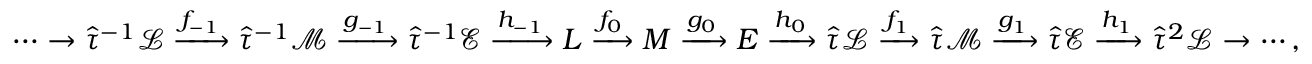
\cdots \to \hat { \tau } ^ { - 1 } \mathcal { L } \xrightarrow { f _ { - 1 } } \hat { \tau } ^ { - 1 } \mathcal { M } \xrightarrow { g _ { - 1 } } \hat { \tau } ^ { - 1 } \mathcal { E } \xrightarrow { h _ { - 1 } } L \xrightarrow { f _ { 0 } } M \xrightarrow { g _ { 0 } } E \xrightarrow { h _ { 0 } } \hat { \tau } \mathcal { L } \xrightarrow { f _ { 1 } } \hat { \tau } \mathcal { M } \xrightarrow { g _ { 1 } } \hat { \tau } \mathcal { E } \xrightarrow { h _ { 1 } } \hat { \tau } ^ { 2 } \mathcal { L } \to \cdots ,